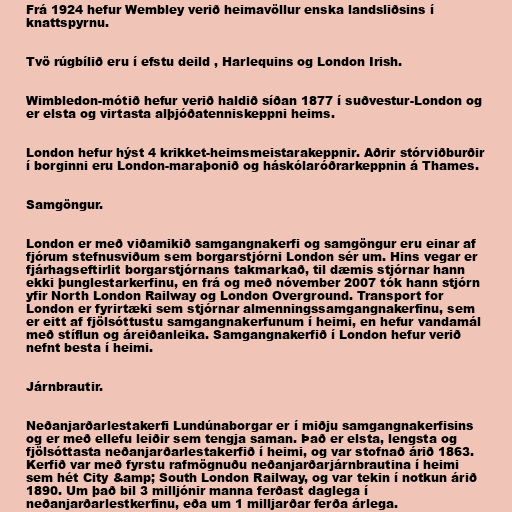
Frá 1924 hefur Wembley verið heimavöllur enska landsliðsins í
knattspyrnu.

Tvö rúgbílið eru í efstu deild , Harlequins og London Irish.

Wimbledon-mótið hefur verið haldið síðan 1877 í suðvestur-London og
er elsta og virtasta alþjóðatenniskeppni heims.

London hefur hýst 4 krikket-heimsmeistarakeppnir. Aðrir stórviðburðir
í borginni eru London-maraþonið og háskólaróðrarkeppnin á Thames.

Samgöngur.

London er með viðamikið samgangnakerfi og samgöngur eru einar af
fjórum stefnusviðum sem borgarstjórni London sér um. Hins vegar er
fjárhagseftirlit borgarstjórnans takmarkað, til dæmis stjórnar hann
ekki þunglestarkerfinu, en frá og með nóvember 2007 tók hann stjórn
yfir North London Railway og London Overground. Transport for
London er fyrirtæki sem stjórnar almenningssamgangnakerfinu, sem
er eitt af fjölsóttustu samgangnakerfunum í heimi, en hefur vandamál
með stíflun og áreiðanleika. Samgangnakerfið í London hefur verið
nefnt besta í heimi.

Járnbrautir.

Neðanjarðarlestakerfi Lundúnaborgar er í miðju samgangnakerfisins
og er með ellefu leiðir sem tengja saman. Það er elsta, lengsta og
fjölsóttasta neðanjarðarlestakerfið í heimi, og var stofnað árið 1863.
Kerfið var með fyrstu rafmögnuðu neðanjarðarjárnbrautina í heimi
sem hét City &amp; South London Railway, og var tekin í notkun árið
1890. Um það bil 3 milljónir manna ferðast daglega í
neðanjarðarlestkerfinu, eða um 1 milljarðar ferða árlega.